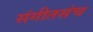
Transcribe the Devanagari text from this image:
संगीतसंच